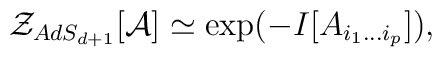
{\cal Z}_{AdS_{d+1}}[{\cal A}]   \simeq    \exp(-I[A_{i_1\ldots i_p}]),